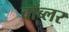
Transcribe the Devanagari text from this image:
वॉब्लर